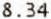
8.34